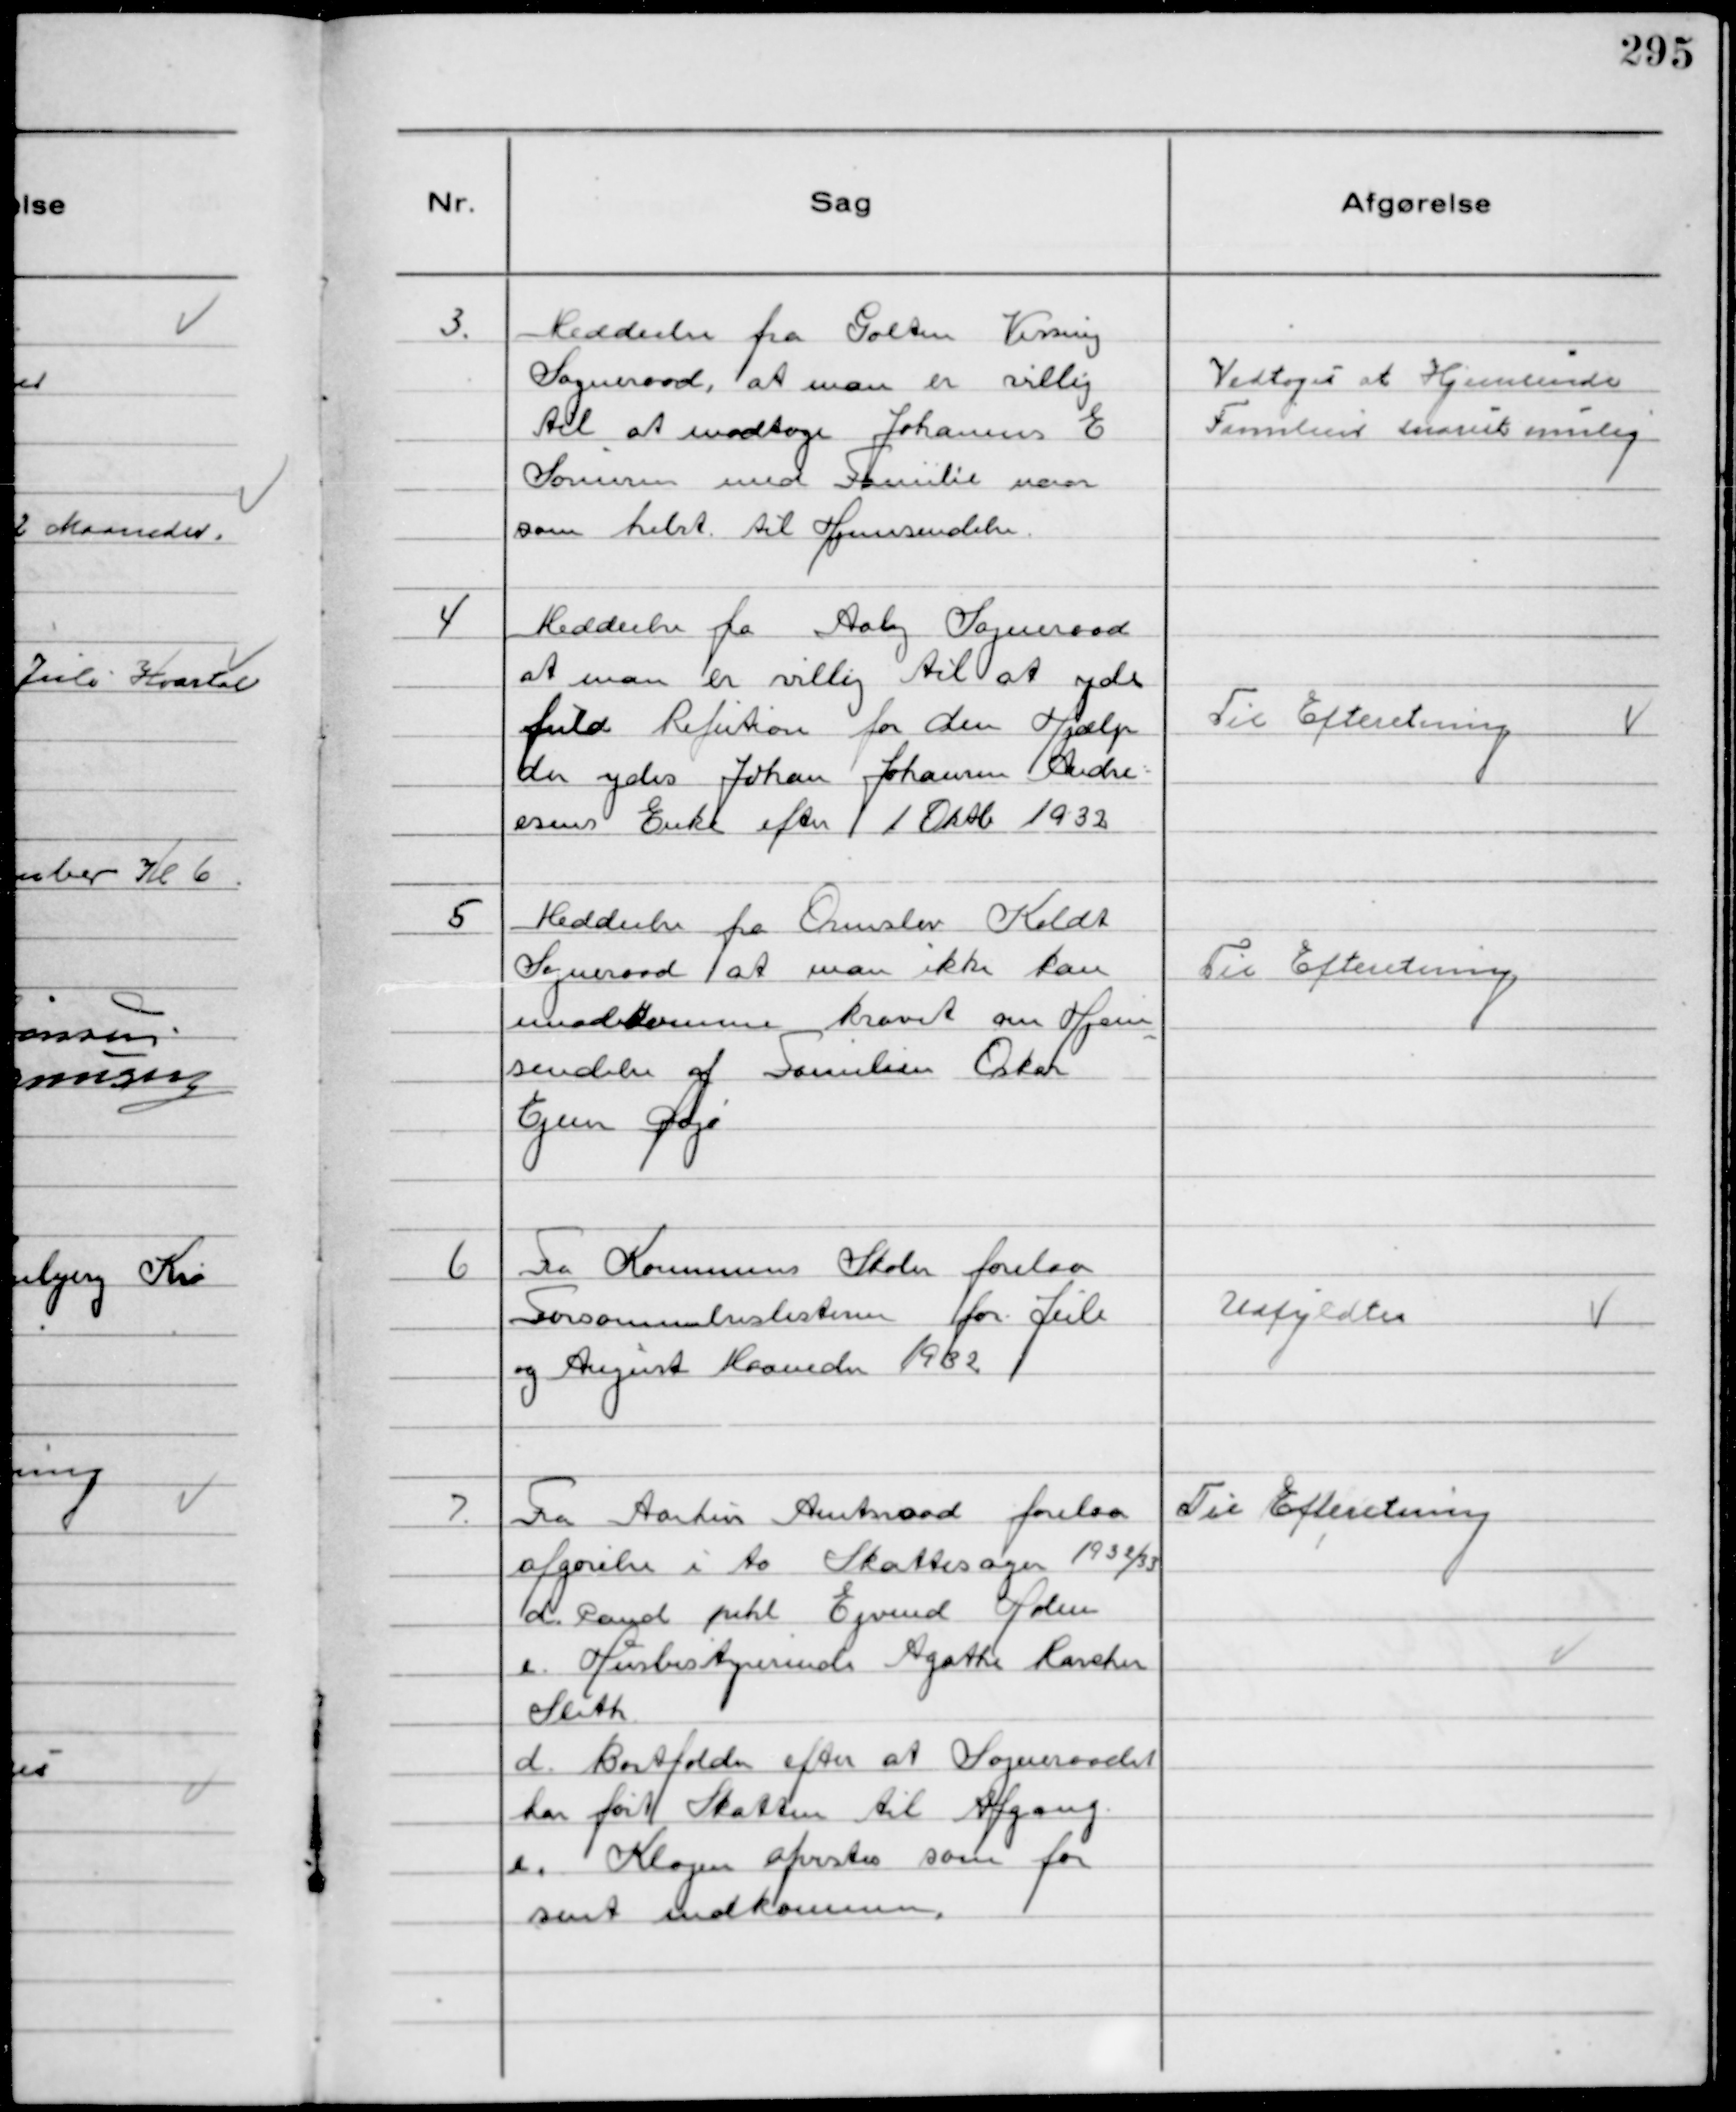
Transskription:
3.
Meddeelse fra Galten Vissing
Sogneraad, at man er villig 
til at modtage Johannes E
Sørensen med Familie naar
som helst til Hjemsendelse.

Vedtoges at Hjemsende
Familien snarest mulig

4
Meddeelse fra Aaby Sogneraad
at man er villig til at yde
fuld Refution for den Hjælp
der ydes Johan Johansen Andre-
esens Enke efter 1 Okt 1932

Til Efteretning

5
Meddeelse fra Ormslev Koldt
Sogneraad at man ikke kan
imødekomme kravet om Hjem
sendelse af Familien Oskar
Ejner Doje

Til Efteretning

6
Fra Kommunens Skoler forelaa
Forsømmelseslisterne for Juli
og August Maaneder 1932

Udfyldtes

7.
Fra Aarhus Amtsraad forelaa
afgørelse i to Skattesager 1932/33
d. Cand pihl Ejvind Holm
e. Husbestyrerinde Agathe Marchen
Sleth
d. Bortfalder efter at Sogneraadet
har ført Skatten til Afgang.
e. Klagen afvistes som for
sent indkommen.

Til Efteretning